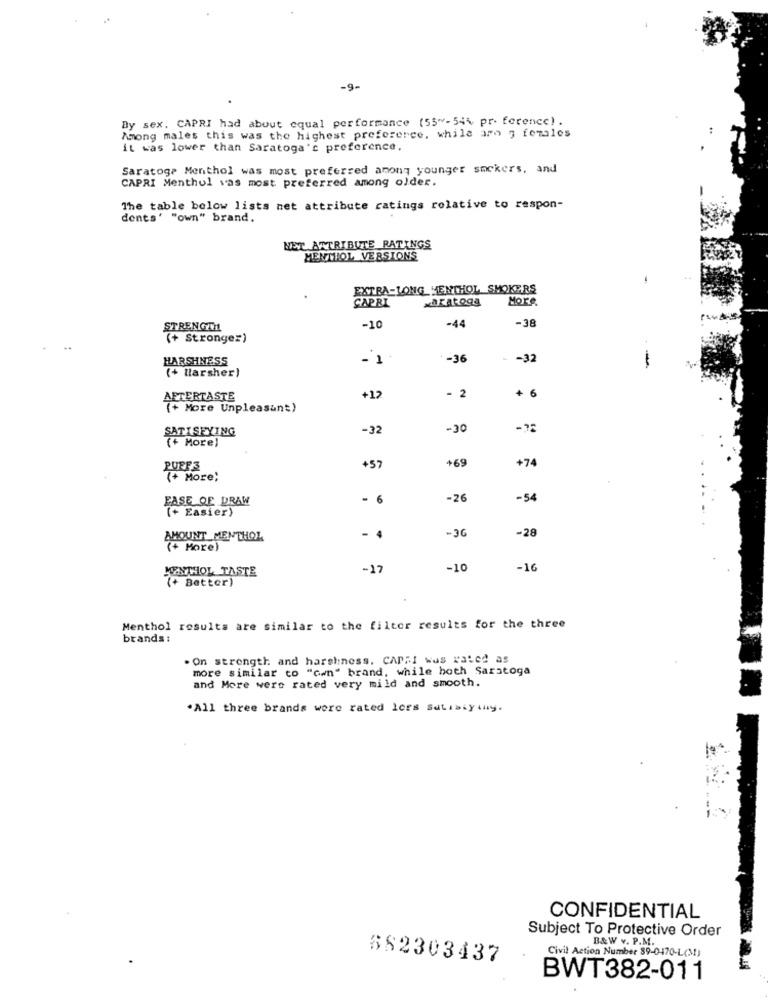
-9-
By sex. CAPRI had about equal performance (55"-54% pr. ference) .
Among males this was the highest preference, while arn g females
it was lower than Saratoga's preference,
Saratoga Menthol was most preferred among younger smokers, and
CAPRI Menthol vas most preferred among older.
The table below lists net attribute ratings relative to respon-
dents' "own" brand.
NET ATTRIBUTE RATINGS
MENTHOL VERSIONS
EXTRA-LONG MENTHOL SMOKERS
CAPRI
saratoga
More
-38
STRENGTH
-10
-44
(+ Stronge=)
..
HARSHNESS
-36
-32
(+ Harsher)
2
+ 6
AFTERTASTE
+12
(+ More Unpleasant)
SATISFYING
-32
-30
-? 2
(+ More)
+69
+74
PUFF3
+57
(+ More;
EASE OF DRAW
- 6
-26
-54
(+ Easier)
-36
-28
AMOUNT MENTHOL
(+ More)
MENTHOL TASTE
-17
-10
-16
(+ Better)
Menthol results are similar to the filter results for the three
brands :
. On strength and harshness. CAPRI was rated as
more similar to "con" brand, while both Saratoga
and More were rated very mild and smooth.
.All three brands were rated lers satiscy thy.
CONFIDENTIAL
Subject To Protective Order
B&W v. P.M.
Civil Action Number 89-0470-L(M2)
682303437
BWT382-011